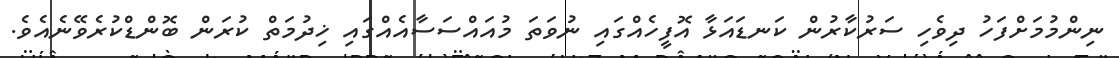
ނިންމުމަށްފަހު ދިވެހި ސަރުކާރުން ކަނޑައަޅާ އޮފީހެއްގައި ނުވަތަ މުއައްސަސާއެއްގައި ޚިދުމަތް ކުރަން ބޮންޑްކުރެވޭނެއެވެ.